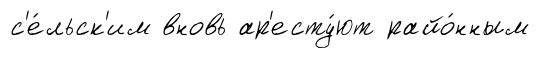
с'е́льск'им вновь ар'есту́ют райо́нным